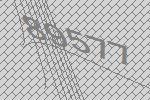
89577